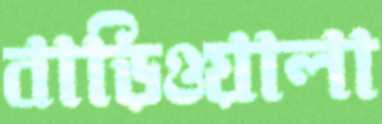
বাড়িওয়ালা